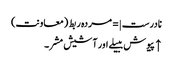
نادرست |=مردہ ربط (معاونت)
↑ پیوش ببیلے اور آشیش مشر۔